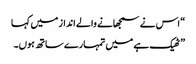
“ اس نے سمجھانے والے انداز میں کہا
” ٹھیک ہے میں تمہارے ساتھ ہوں۔